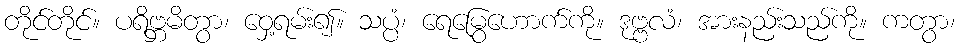
တိုင်တိုင်။ ပရိဗ္ဘမိတွာ၊ ဝှေ့ရမ်း၍။ သပ္ပံ၊ ရေမြွေဟောက်ကို။ ဒုဗ္ဗလံ၊ အားနည်းသည်ကို။ ကတွာ၊